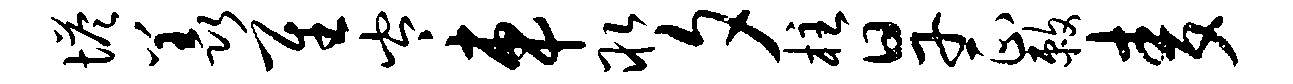
塔羡隹岑车取夕柱旱正敕麦